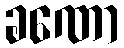
ခဏော